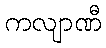
ကလျာဏီ